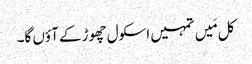
کل مَیں تمہیں اسکول چھوڑ کے آؤں گا۔